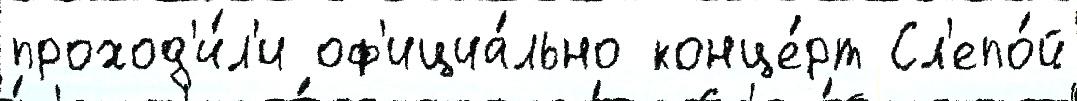
проход'и́л'и оф'ициа́льно конце́рт Сл'епо́й